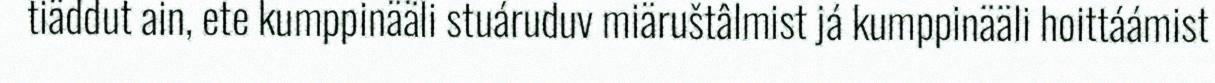
tiäddut ain, ete kumppinääli stuáruduv miäruštâlmist já kumppinääli hoittáámist